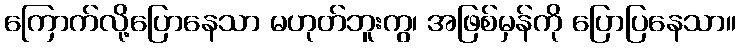
ကြောက်လို့ပြောနေသာ မဟုတ်ဘူးကွ၊ အဖြစ်မှန်ကို ပြောပြနေသာ။